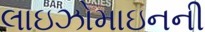
લાઇઝોમાઇનની